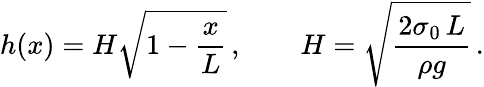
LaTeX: h(x)=H\sqrt{1-\frac{x}{L}}\, ,\quad\quad H=\sqrt{\frac{2\sigma_{0}\, L}{\rho g}}\, .